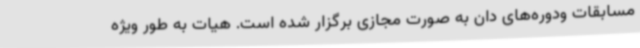
مسابقات ودوره‌های دان به صورت مجازی برگزار شده است. هیات به طور ویژه